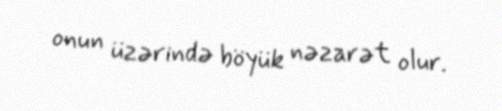
onun üzərində böyük nəzarət olur.